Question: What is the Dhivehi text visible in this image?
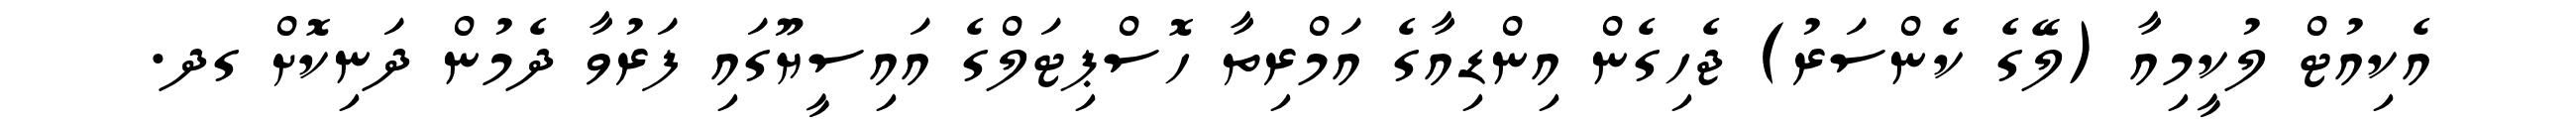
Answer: އެކިއުޓް ލުކީމިއާ (ލޭގެ ކެންސަރު) ޖެހިގެން އިންޑިއާގެ އަމްރިތާ ހޮސްޕިޓަލްގެ އައިސީޔޫގައި ފަރުވާ ދެމުން ދަނިކޮށް ގދ.